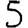
Digit: 5